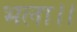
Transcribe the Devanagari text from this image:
भला।।